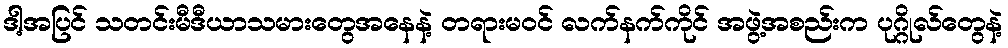
ဒါ့အပြင် သတင်းမီဒီယာသမားတွေအနေနဲ့ တရားမဝင် လက်နက်ကိုင် အဖွဲ့အစည်းက ပုဂ္ဂိုလ်တွေနဲ့